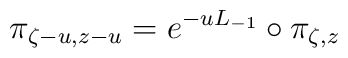
\pi_{\zeta -u, z-u} = e^{-u L_{-1}} \circ \pi_{\zeta,z}